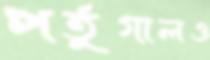
পর্তুগালও